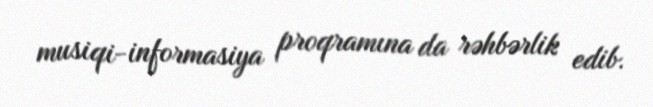
musiqi-informasiya proqramına da rəhbərlik edib.